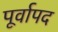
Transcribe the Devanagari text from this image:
पूर्वापद